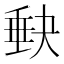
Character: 𡙇